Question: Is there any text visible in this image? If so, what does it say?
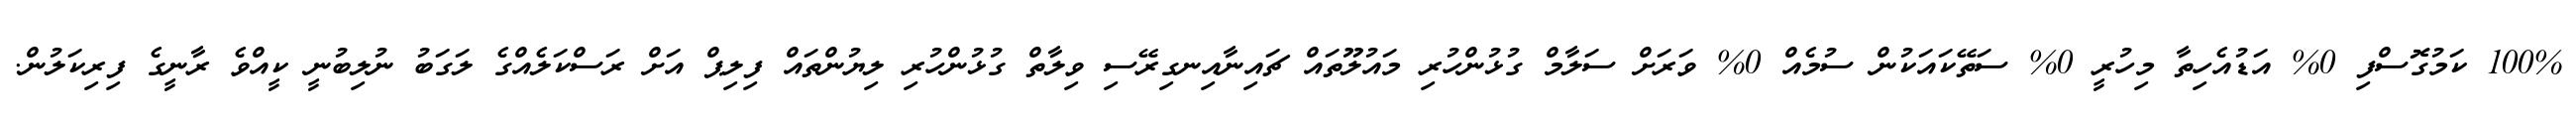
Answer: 100% ކަމުގޮސްފި 0% އަޑުއެހިތާ މިހުރީ 0% ސަތޭކައަކުން ސުމެއް 0% ވަރަށް ސަލާމް ގުޅުންހުރި މައުލޫތައް ޗައިނާއިނގިރޭސި ވިލާތް ގުޅުންހުރި ލިޔުންތައް ފިލިޕް އަށް ރަސްކަލެއްގެ ލަގަބު ނުލިބުނީ ކީއްވެ ރާނީގެ ފިރިކަލުން.